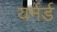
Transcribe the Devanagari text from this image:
यर्नर्ड